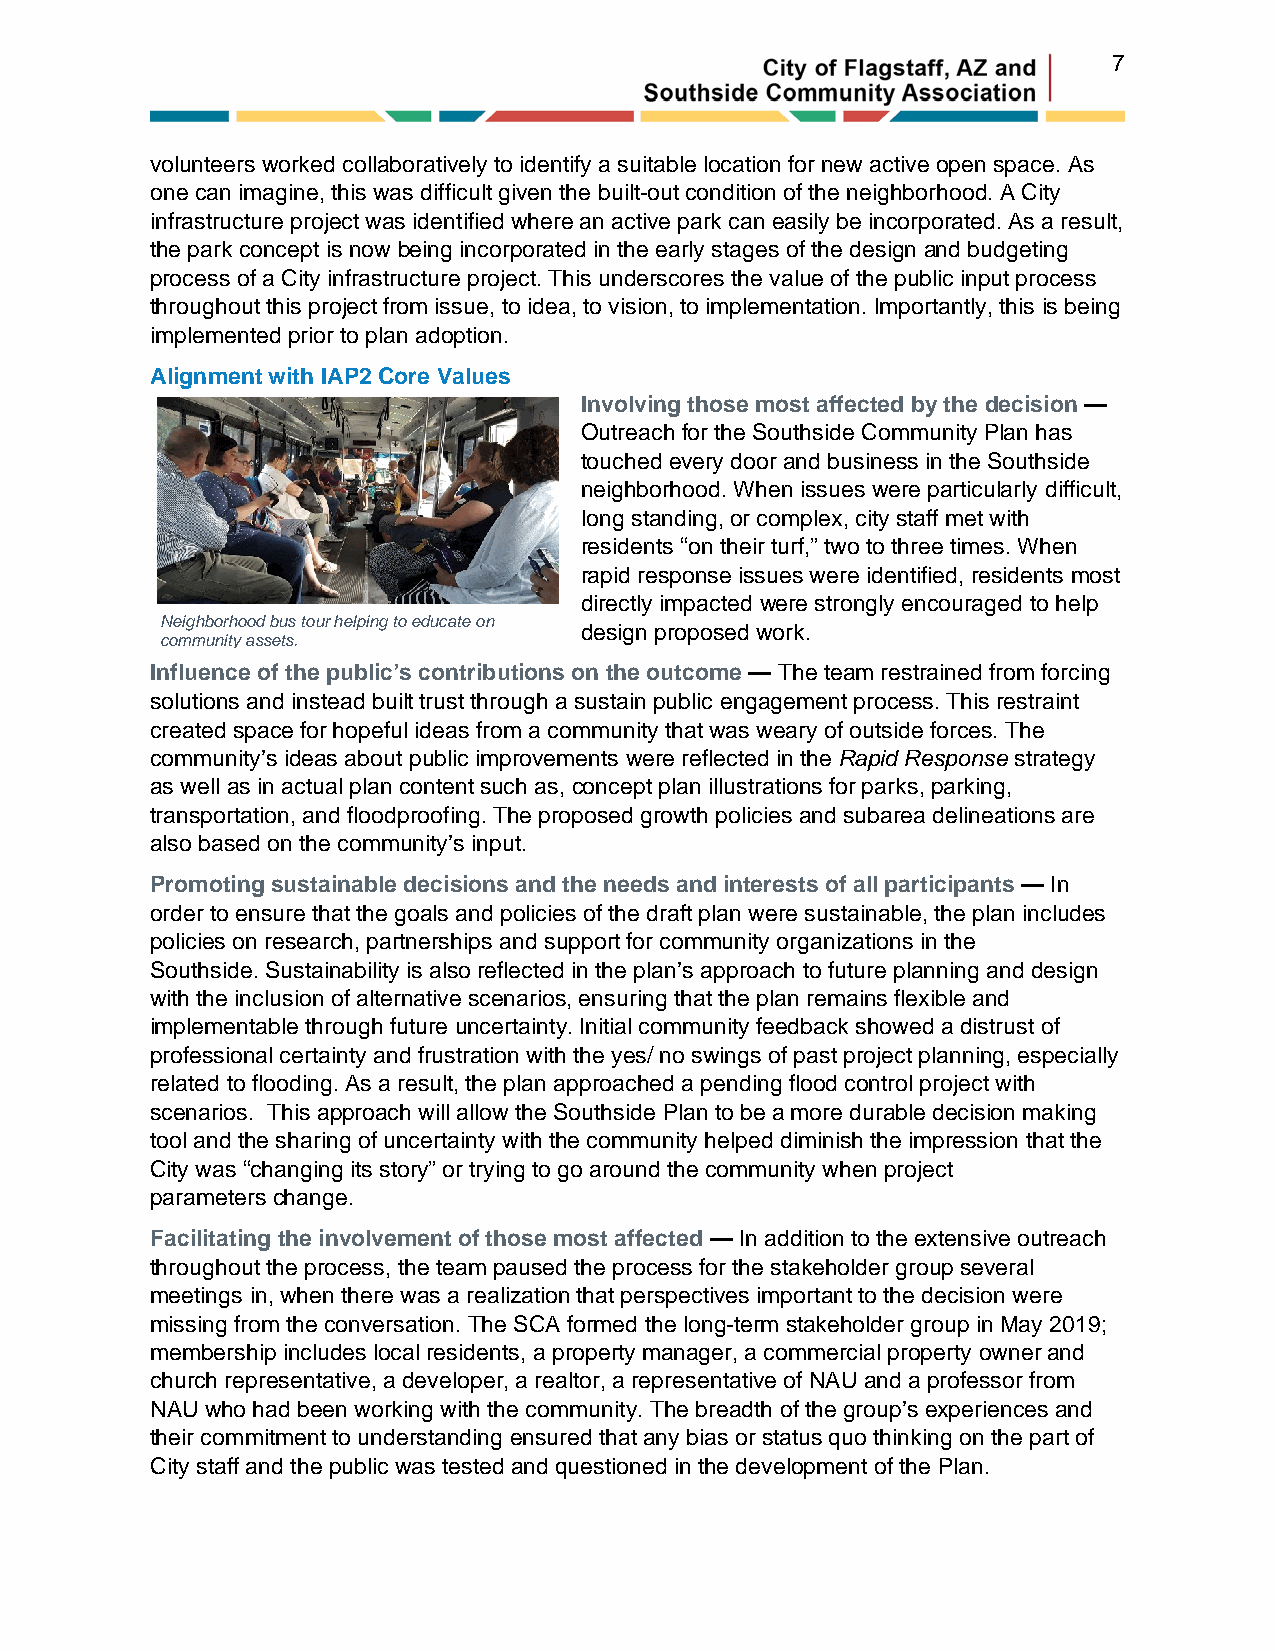
7
 volunteers worked collaboratively to identify a suitable location for new active open space. As
 one can imagine, this was difficult given the built-out condition of the neighborhood. A City
 infrastructure project was identified where an active park can easily be incorporated. As a result,
 the park concept is now being incorporated in the early stages of the design and budgeting
 process of a City infrastructure project. This underscores the value of the public input process
 throughout this project from issue, to idea, to vision, to implementation. Importantly, this is being
 implemented prior to plan adoption.
 Alignment with IAP2 Core Values
 Involving those most affected by the decision —
 Outreach for the Southside Community Plan has
 touched every door and business in the Southside
 neighborhood. When issues were particularly difficult,
 long standing, or complex, city staff met with
 residents “on their turf,” two to three times. When
 rapid response issues were identified, residents most
 directly impacted were strongly encouraged to help
 Neighborhood bus tour helping to educate on
 design proposed work.
 community assets.
 Influence of the public’s contributions on the outcome — The team restrained from forcing
 solutions and instead built trust through a sustain public engagement process. This restraint
 created space for hopeful ideas from a community that was weary of outside forces. The
 community’s ideas about public improvements were reflected in the Rapid Response strategy
 as well as in actual plan content such as, concept plan illustrations for parks, parking,
 transportation, and floodproofing. The proposed growth policies and subarea delineations are
 also based on the community’s input.
 Promoting sustainable decisions and the needs and interests of all participants — In
 order to ensure that the goals and policies of the draft plan were sustainable, the plan includes
 policies on research, partnerships and support for community organizations in the
 Southside. Sustainability is also reflected in the plan’s approach to future planning and design
 with the inclusion of alternative scenarios, ensuring that the plan remains flexible and
 implementable through future uncertainty. Initial community feedback showed a distrust of
 professional certainty and frustration with the yes/ no swings of past project planning, especially
 related to flooding. As a result, the plan approached a pending flood control project with
 scenarios. This approach will allow the Southside Plan to be a more durable decision making
 tool and the sharing of uncertainty with the community helped diminish the impression that the
 City was “changing its story” or trying to go around the community when project
 parameters change.
 Facilitating the involvement of those most affected — In addition to the extensive outreach
 throughout the process, the team paused the process for the stakeholder group several
 meetings in, when there was a realization that perspectives important to the decision were
 missing from the conversation. The SCA formed the long-term stakeholder group in May 2019;
 membership includes local residents, a property manager, a commercial property owner and
 church representative, a developer, a realtor, a representative of NAU and a professor from
 NAU who had been working with the community. The breadth of the group’s experiences and
 their commitment to understanding ensured that any bias or status quo thinking on the part of
 City staff and the public was tested and questioned in the development of the Plan.